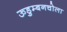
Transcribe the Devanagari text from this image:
ऊडुम्बनचोला